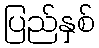
ပြည်နှစ်